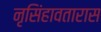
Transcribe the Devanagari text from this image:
नृसिंहावतारास